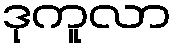
ဒုကူလာ